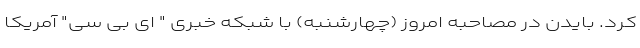
کرد. بایدن در مصاحبه امروز (چهارشنبه) با شبکه خبری " ای بی سی" آمریکا